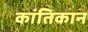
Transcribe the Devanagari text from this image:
कांतिकान